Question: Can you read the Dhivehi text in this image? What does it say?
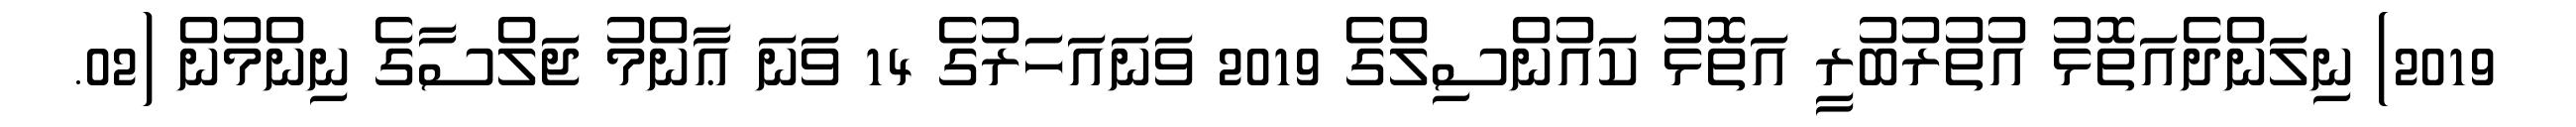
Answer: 2019) ނިލަންދެއަތޮޅު އުތުރުބުރީ އަތޮޅު ކައުންސިލްގެ 2019 ވަނައަހަރުގެ 14 ވަނަ ޢާންމު ޖަލްސާގެ ނިންމުން (02.